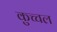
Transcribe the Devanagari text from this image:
कुच्चल